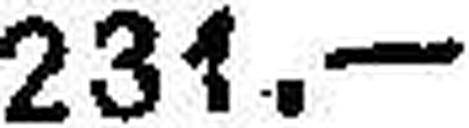
231.—